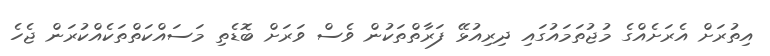
އިތުރަށް އެރަށެއްގެ މުޖުތަމައުގައި ދިރިއުޅޭ ފަރާތްތަކުން ވެސް ވަރަށް ބޮޑެތި މަސައްކަތްތަކެއްކުރަން ޖެހެ